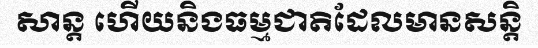
សាន្ត ហើយនិងធម្មជាតិដែលមានសន្តិ